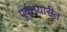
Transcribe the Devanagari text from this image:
पूर्वतयारीत